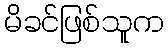
မိခင်ဖြစ်သူက